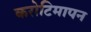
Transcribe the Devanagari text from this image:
करोटिमापन